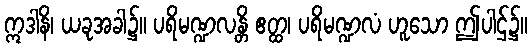
ဣဒါနိ၊ ယခုအခါ၌။ ပရိမဏ္ဍလန္တိ ဧတ္ထ၊ ပရိမဏ္ဍလံ ဟူသော ဤပါဌ်၌။